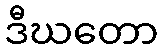
ဒီဃတော